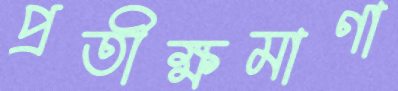
প্রতীক্ষমাণা